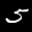
Label: 5